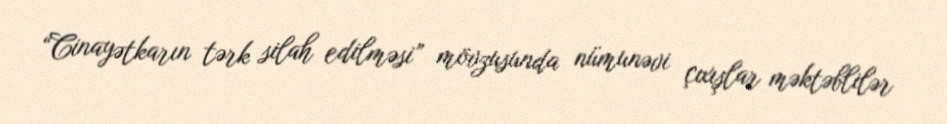
“Cinayətkarın tərk silah edilməsi” mövzusunda nümunəvi çıxışlar məktəblilər